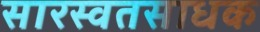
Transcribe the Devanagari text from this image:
सारस्वतसाधक